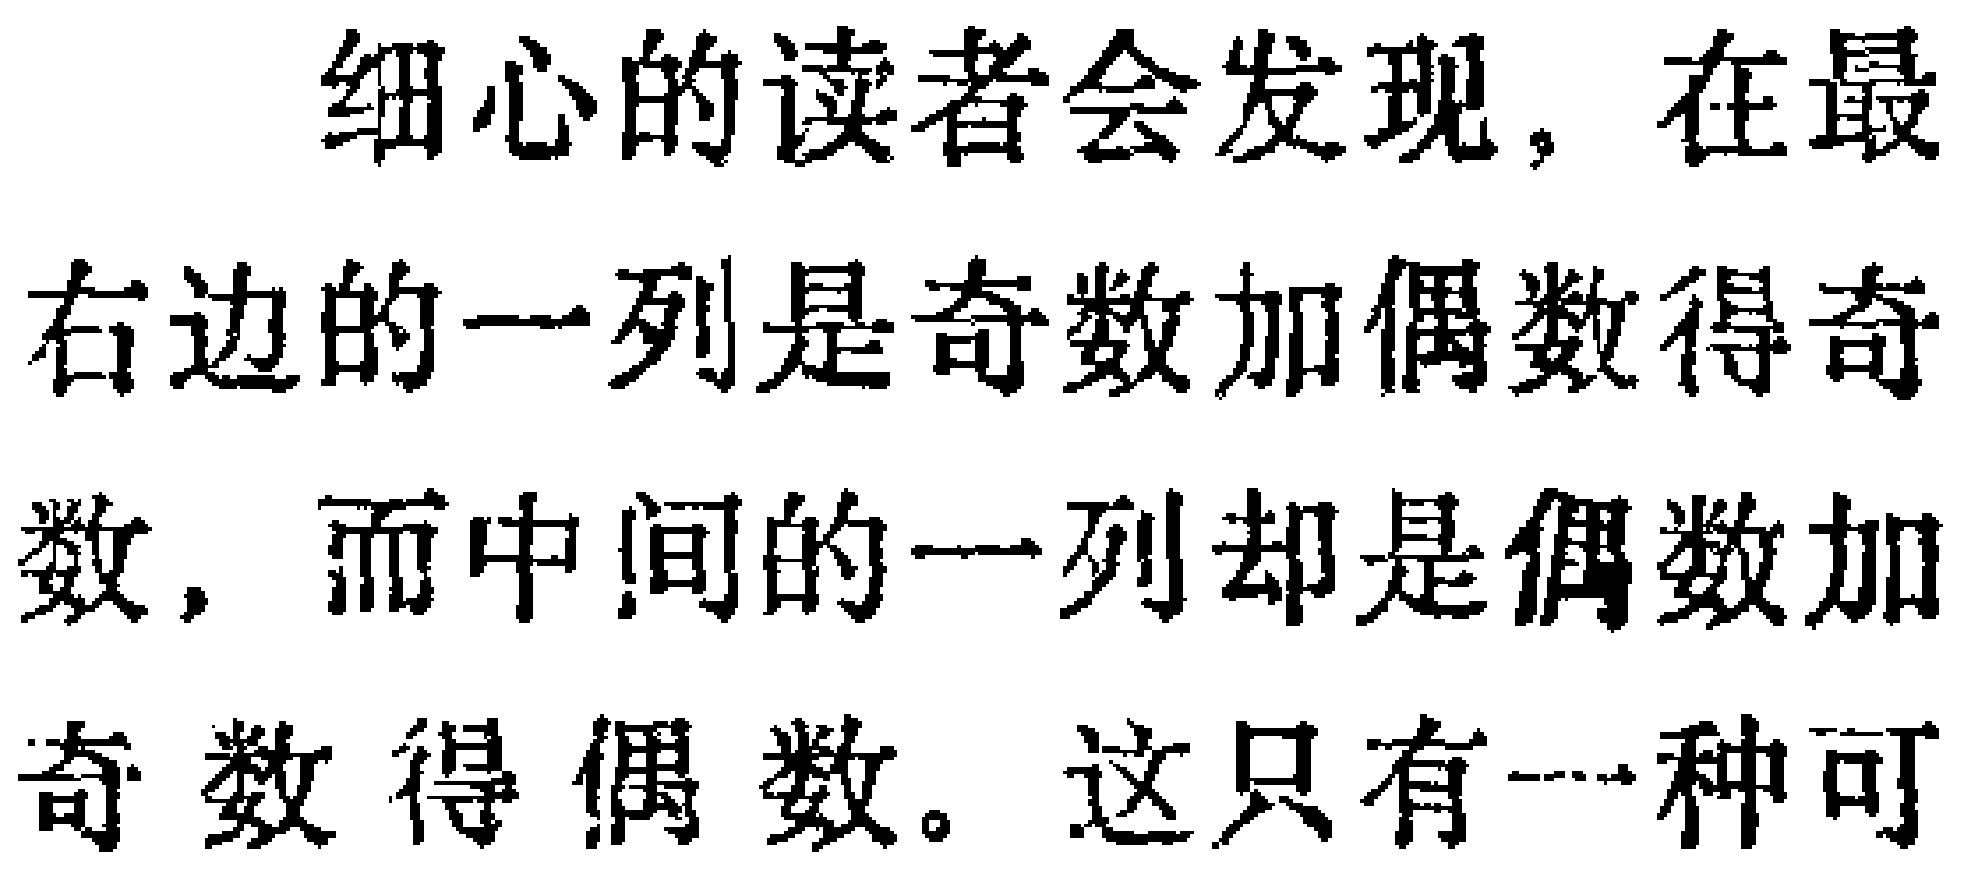
细心的读者会发现，在最右边的一列是奇数加偶数得奇数，而中间的一列却是偶数加奇数得偶数。这只有一种可